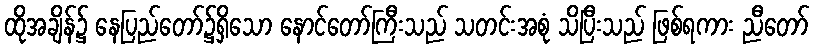
ထိုအချိန်၌ နေပြည်တော်၌ရှိသော နောင်တော်ကြီးသည် သတင်းအစုံ သိပြီးသည် ဖြစ်ရကား ညီတော်